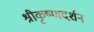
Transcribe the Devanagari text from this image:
श्रीकृष्णदर्शन